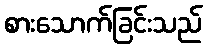
စားသောက်ခြင်းသည်